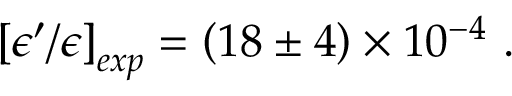
\left[ \epsilon ^ { \prime } / \epsilon \right] _ { e x p } = \left( 1 8 \pm 4 \right) \times 1 0 ^ { - 4 } \ .